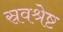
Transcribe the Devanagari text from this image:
स्रवश्रेष्ट